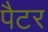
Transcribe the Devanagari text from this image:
पैटर